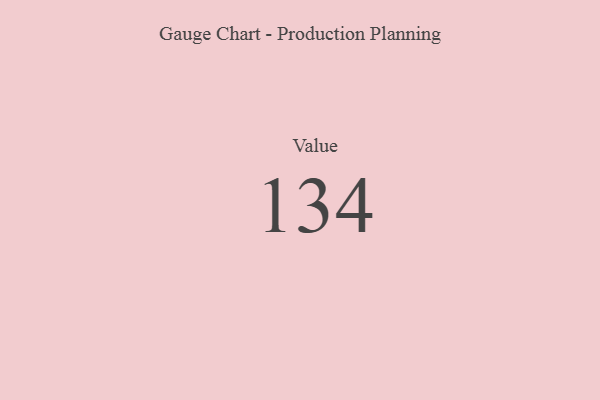
{"axis": {"x": "Metric", "y": "Value"}, "legend": [""], "data": [{"x": "Value", "y": 134, "type": ""}]}